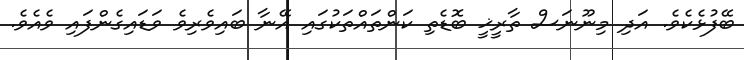
ބޭފުޅެކެވެ. އަދި މިނޫނަސް ތާރީޚީ ބޮޑެތި ކަންތައްތަކުގައި އޭނާ ބައިވެރިވެ ވަޑައިގެންފައި ވެއެވެ.